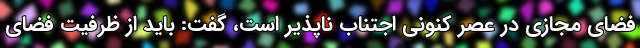
فضای مجازی در عصر کنونی اجتناب ناپذیر است، گفت: باید از ظرفیت فضای